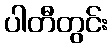
ပါတီတွင်း